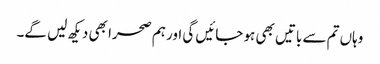
وہاں تم سے باتیں بھی ہو جائیں گی اور ہم صحرا بھی دیکھ لیں گے۔